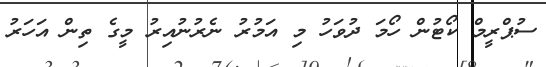
ސުޕްރީމް ކޯޓުން ހޯމަ ދުވަހު މި އަމުރު ނެރުނުއިރު މީގެ ތިން އަހަރު